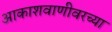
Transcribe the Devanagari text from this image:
आकाशवाणीवरच्‍या